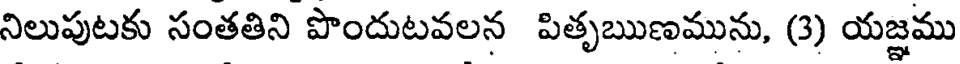
నిలుపుటకు సంతతిని పొందుటవలన పితృఋణమును, (3) యజ్ఞము